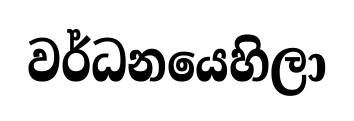
වර්ධනයෙහිලා